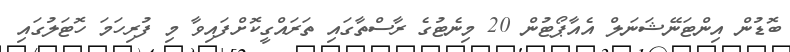
ބޮޑުން އިންޓަނޭޝަނަލް އެއާޕޯޓުން 20 މިނެޓުގެ ރާސްތާގައި ތަރައްގީކޮށްފައިވާ މި ފުރިހަމަ ހޮޓަލުގައި